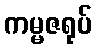
ကမ္မဇရုပ်